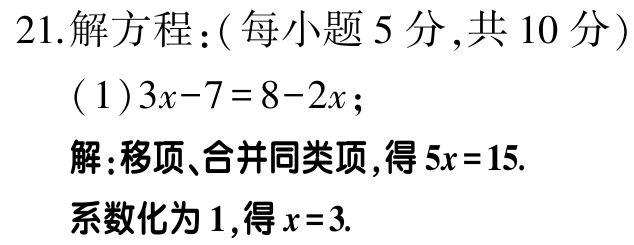
21.解方程：(每小题 5 分,共 10 分)
(1)$3x - 7 = 8 - 2x$；
解:移项、合并同类项,得$5x = 15$.
系数化为 1,得$x = 3$.